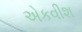
એકવીશ